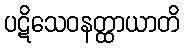
ပဋိသေဝနတ္ထာယာတိ